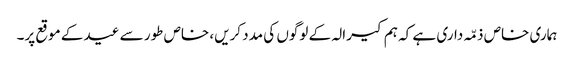
ہماری خاص ذمّہ داری ہے کہ ہم کیرالہ کے لوگوں کی مدد کریں، خاص طور سے عید کے موقع پر۔